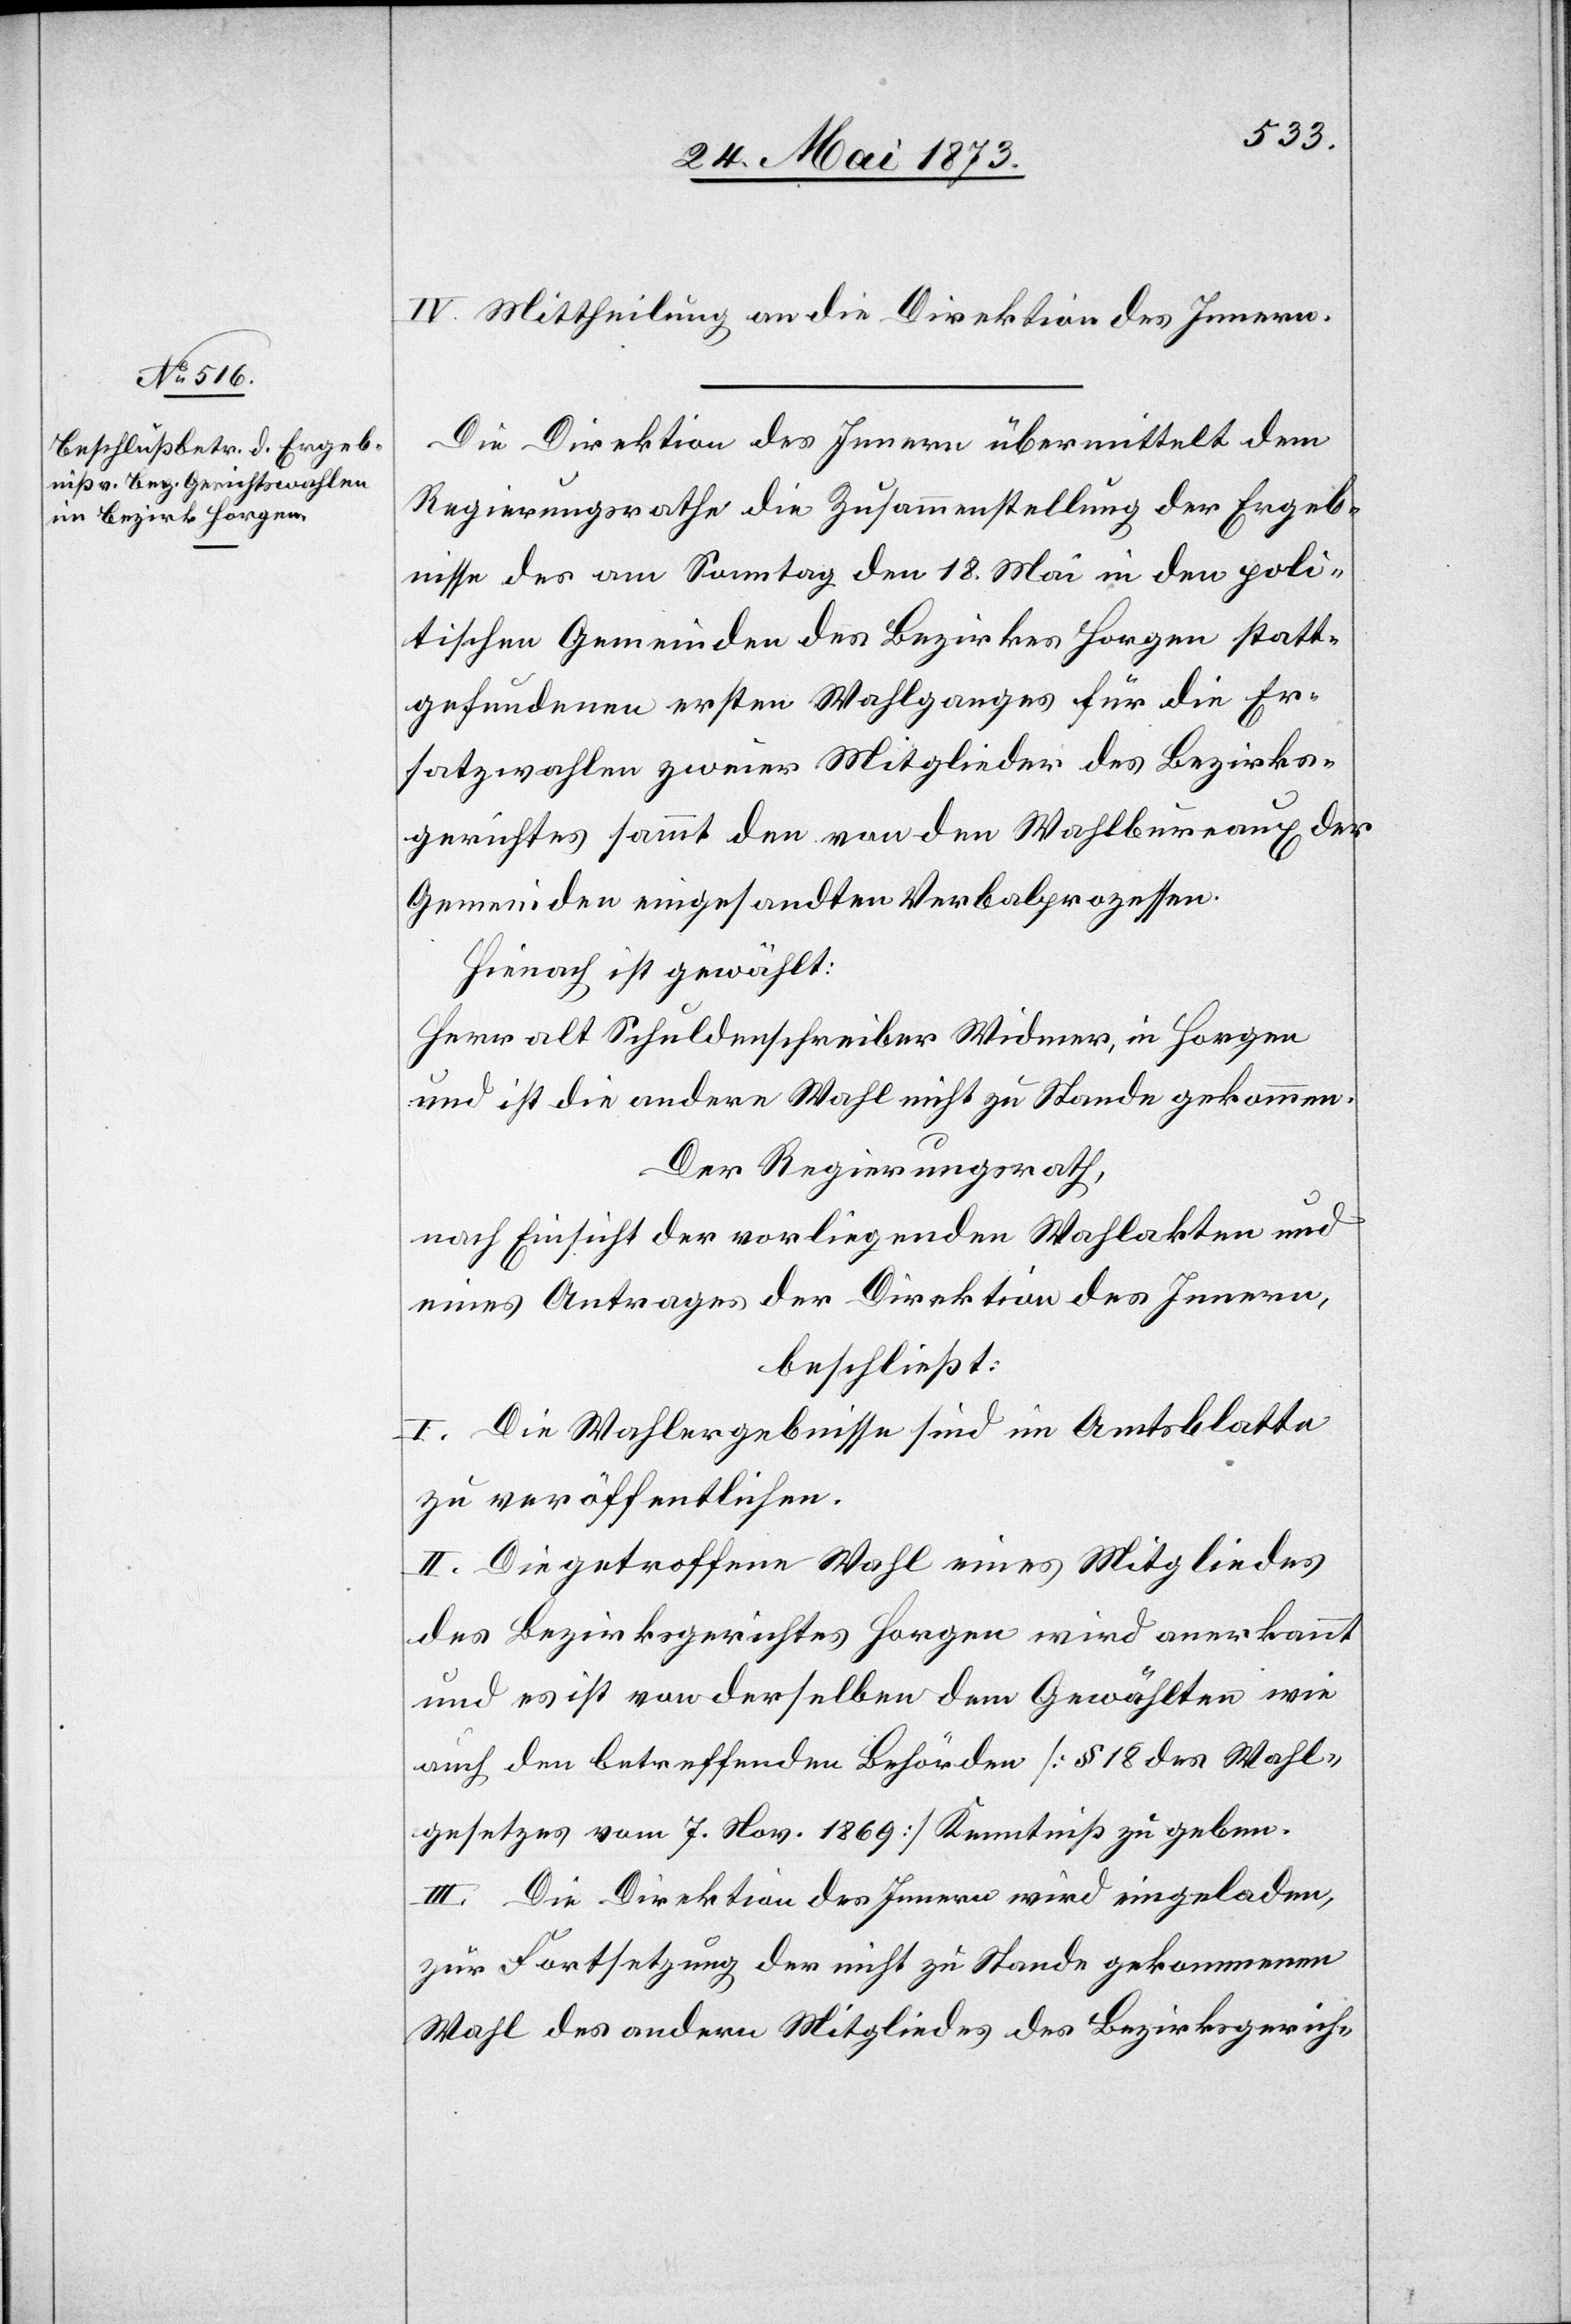
26. Mai 1873.]
IV. Mittheilung an die Direktion des Innern.
Die Direktion des Innern übermittelt dem
Regierungsrathe die Zusammenstellung der Ergeb¬
nisse des am Samstag den 18. Mai in den poli¬
tischen Gemeinden des Bezirkes Horgen statt¬
gefundenen ersten Wahlganges für die Er¬
satzwahlen zweier Mitglieder des Bezirks¬
gerichtes sammt den von den Wahlbureaux der
Gemeinden eingesandten Verbalprozessen.
Hienach ist gewählt:
Herr alt Schuldenschreiber Widmer, in Horgen
und ist die andere Wahl nicht zu Stande gekommen.
Der Regierungsrath,
nach Einsicht der vorliegenden Wahlakten und
eines Antrages der Direktion des Innern,
beschließt:
I. Die Wahlergebnisse sind im Amtsblatte
zu veröffentlichen.
II. Die getroffene Wahl eines Mitgliedes
des Bezirksgerichtes Horgen wird anerkannt
und es ist von derselben dem Gewählten wie
auch den betreffenden Behörden [§ 18 des Wahl¬
gesetzes vom 7. Nov. 1869] Kenntniß zu geben.
III. Die Direktion des Innern wird eingeladen,
zur Fortsetzung der nicht zu Stande gekommenen
Wahl des andern Mitgliedes des Bezirksgerich-